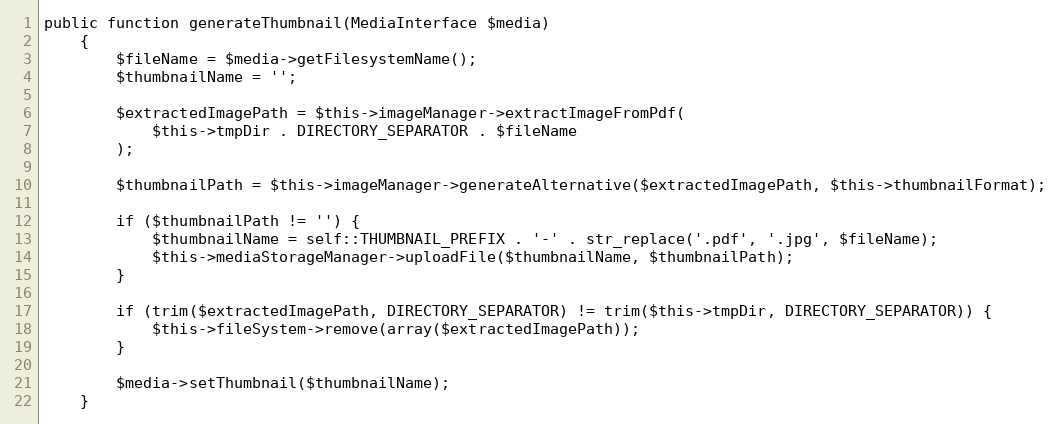
Language: PHP
public function generateThumbnail(MediaInterface $media)
    {
        $fileName = $media->getFilesystemName();
        $thumbnailName = '';

        $extractedImagePath = $this->imageManager->extractImageFromPdf(
            $this->tmpDir . DIRECTORY_SEPARATOR . $fileName
        );

        $thumbnailPath = $this->imageManager->generateAlternative($extractedImagePath, $this->thumbnailFormat);

        if ($thumbnailPath != '') {
            $thumbnailName = self::THUMBNAIL_PREFIX . '-' . str_replace('.pdf', '.jpg', $fileName);
            $this->mediaStorageManager->uploadFile($thumbnailName, $thumbnailPath);
        }

        if (trim($extractedImagePath, DIRECTORY_SEPARATOR) != trim($this->tmpDir, DIRECTORY_SEPARATOR)) {
            $this->fileSystem->remove(array($extractedImagePath));
        }

        $media->setThumbnail($thumbnailName);
    }